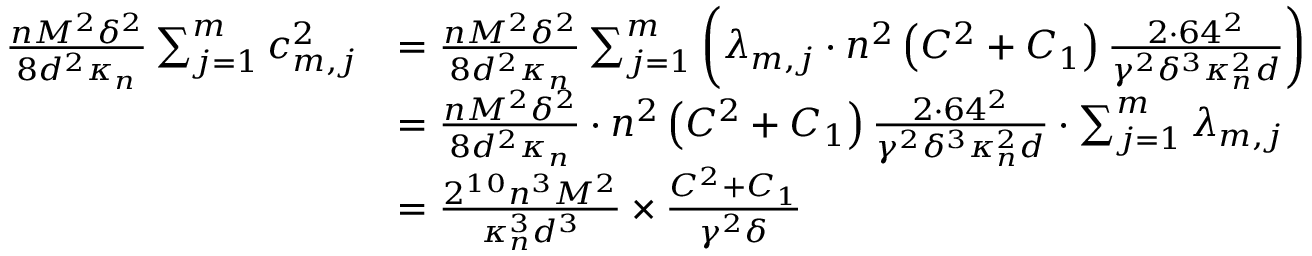
\begin{array} { r l } { \frac { n M ^ { 2 } \delta ^ { 2 } } { 8 d ^ { 2 } \kappa _ { n } } \sum _ { j = 1 } ^ { m } c _ { m , j } ^ { 2 } } & { = \frac { n M ^ { 2 } \delta ^ { 2 } } { 8 d ^ { 2 } \kappa _ { n } } \sum _ { j = 1 } ^ { m } \left( \lambda _ { m , j } \cdot n ^ { 2 } \left( C ^ { 2 } + C _ { 1 } \right) \frac { 2 \cdot 6 4 ^ { 2 } } { \gamma ^ { 2 } \delta ^ { 3 } \kappa _ { n } ^ { 2 } d } \right) } \\ & { = \frac { n M ^ { 2 } \delta ^ { 2 } } { 8 d ^ { 2 } \kappa _ { n } } \cdot n ^ { 2 } \left( C ^ { 2 } + C _ { 1 } \right) \frac { 2 \cdot 6 4 ^ { 2 } } { \gamma ^ { 2 } \delta ^ { 3 } \kappa _ { n } ^ { 2 } d } \cdot \sum _ { j = 1 } ^ { m } \lambda _ { m , j } } \\ & { = \frac { 2 ^ { 1 0 } n ^ { 3 } M ^ { 2 } } { \kappa _ { n } ^ { 3 } d ^ { 3 } } \times \frac { C ^ { 2 } + C _ { 1 } } { \gamma ^ { 2 } \delta } } \end{array}